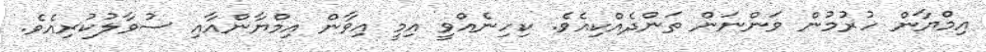
އިމްޔާން ހުރުމުން ވަންނަން ތަންދެއްކިއެވެ. ކިހިނެއްވީ އިމީ އިވާން އިމްޔާންއާއި ސުވާލުކުރިއެވެ.